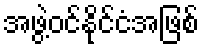
အဖွဲ့ဝင်နိုင်ငံအဖြစ်